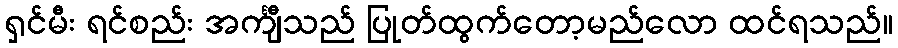
ရှင်မီး ရင်စည်း အင်္ကျီသည် ပြုတ်ထွက်တော့မည်လော ထင်ရသည်။